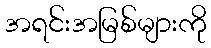
အရင်းအမြစ်များကို